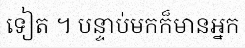
ទៀត ។ បន្ទាប់មកក៏មានអ្នក